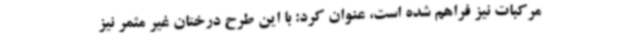
مرکبات نیز فراهم شده است، عنوان کرد: با این طرح درختان غیر مثمر نیز